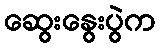
ဆွေးနွေးပွဲက